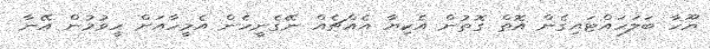
ޔޫހާ ބަލަހައްޓައިގެން އޮތް ގޮތުން އެކިޔާ އެއްޗެއް ނޭގެނީހެން އެމީހާއަށް ހީވުމުން އޭނާ